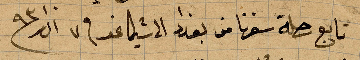
تابع رحلة سفرنا من بغدد الى شيكاغو في ٧ اذار ١٨٩٣